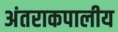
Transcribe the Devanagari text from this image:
अंतराकपालीय